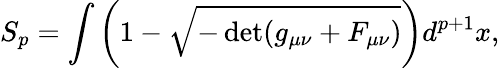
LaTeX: S_{p}=\int\left(1-\sqrt{-\operatorname*{det}(g_{\mu\nu}+F_{\mu\nu})}\right)d^{p+1}x,